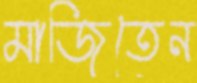
মাজিতেন